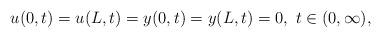
LaTeX: \begin{align*}u(0,t)=u(L,t)=y(0,t)=y(L,t)=0,\ t\in (0,\infty),\end{align*}